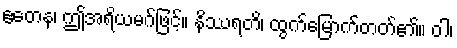
ဧတေန၊ ဤအရိယမဂ်ဖြင့်။ နိဿရတိ၊ ထွက်မြောက်တတ်၏။ ဝါ၊